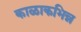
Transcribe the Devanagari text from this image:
काळाकभिन्न